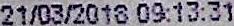
21/03/2018 09:13:31